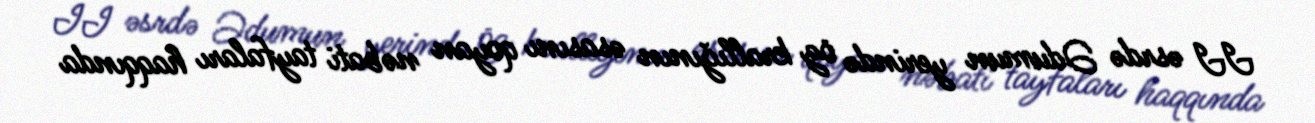
II əsrdə Ədumun yerində öz krallığının əsasını qoyan nəbati tayfaları haqqında